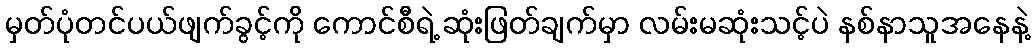
မှတ်ပုံတင်ပယ်ဖျက်ခွင့်ကို ကောင်စီရဲ့ ဆုံးဖြတ်ချက်မှာ လမ်းမဆုံးသင့်ပဲ နစ်နာသူအနေနဲ့